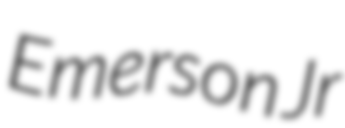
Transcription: Emerson Jr